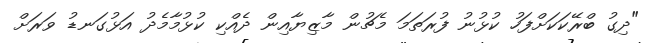
"ދިގު ބްރޭކަކަށްފަހު ކުޅުނު ފުރަތަމަ މެޗުން މާޒިޔާއިން ދެއްކި ކުޅުމާމެދު އަޅުގަނޑު ވަރަށް